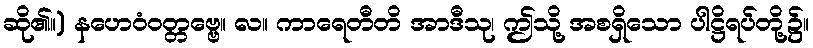
ဆို၏။) နဟေဝံဝတ္တဗ္ဗေ။ လ။ ကာရေတီတိ အာဒီသု၊ ဤသို့ အစရှိသော ပါဋ္ဌိရပ်တို့၌။